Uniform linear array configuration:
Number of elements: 48
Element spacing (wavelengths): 0.75
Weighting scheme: cosine
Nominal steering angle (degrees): -15
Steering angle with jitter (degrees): -13.33
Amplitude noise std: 0.05
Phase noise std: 0.05

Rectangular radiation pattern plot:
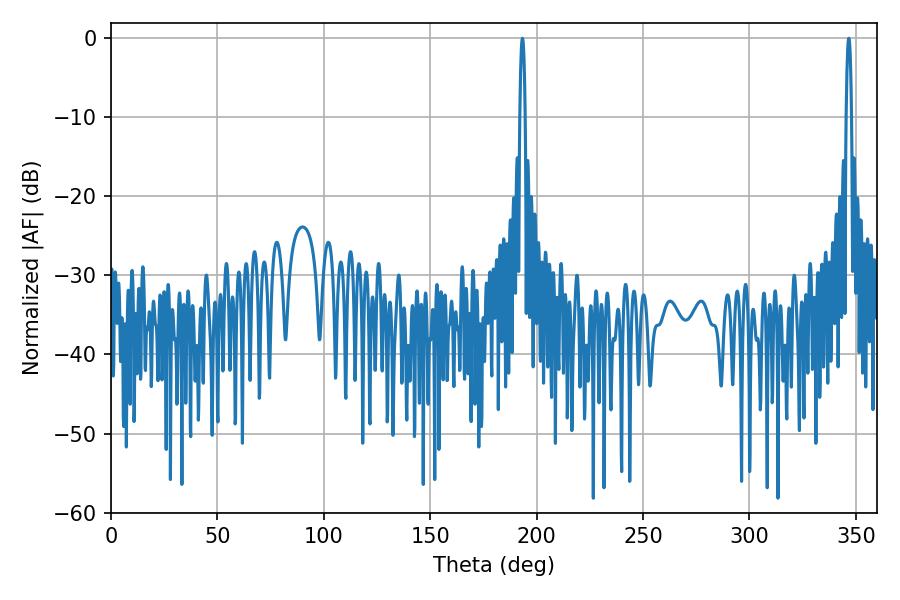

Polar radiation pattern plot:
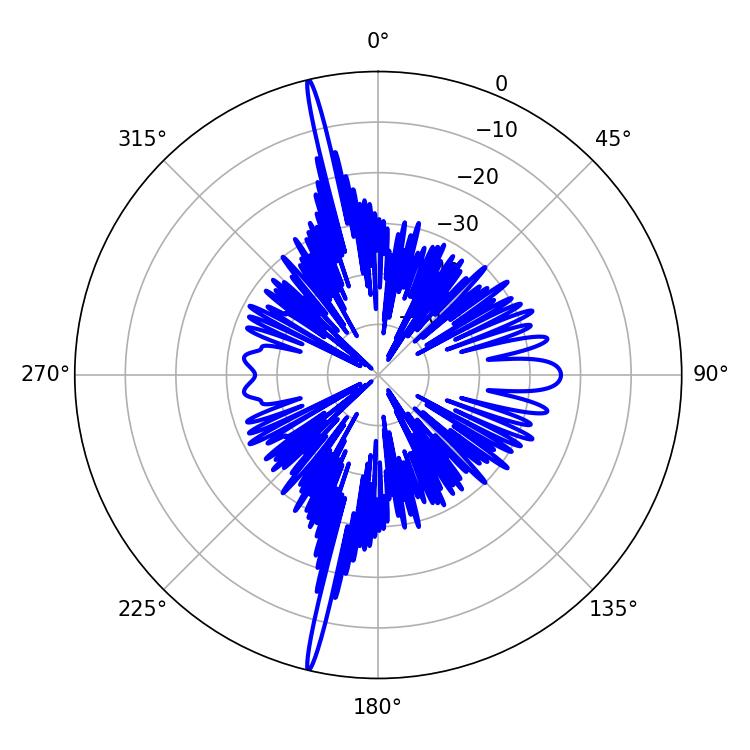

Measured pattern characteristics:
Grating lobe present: TRUE
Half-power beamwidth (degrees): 1.44
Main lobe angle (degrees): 346.68